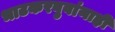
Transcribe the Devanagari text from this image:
भाटकरबुवांनाही